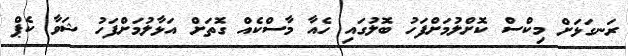
ރަނގަޅަށް މިކްސް ކޮށްލުމަށްފަހު ބޮލުގައި ހެއާ މާސްކެއް ގޮތަށް އަޅާލުމަށްފަހު ޝަވާ ކެޕް